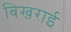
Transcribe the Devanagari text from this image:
बिखराई